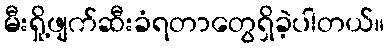
မီးရှို့ဖျက်ဆီးခံရတာတွေရှိခဲ့ပါတယ်။